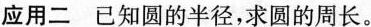
应用二已知圆的半径，求圆的周长。